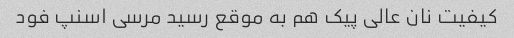
کیفیت نان عالی پیک هم به موقع رسید مرسی اسنپ فود